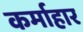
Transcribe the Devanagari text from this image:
कर्माहार